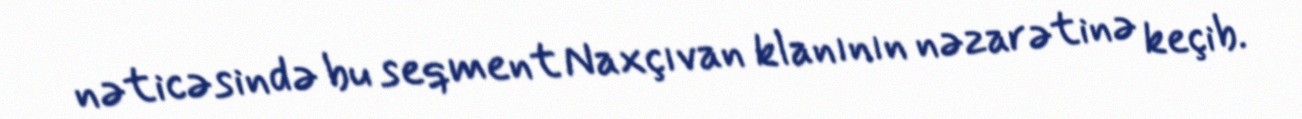
nəticəsində bu seqment Naxçıvan klanının nəzarətinə keçib.